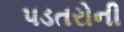
પડતરોની